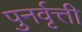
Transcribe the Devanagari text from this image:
पुनर्वृत्ती